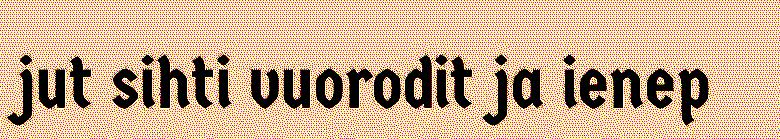
jut sihti vuorodit ja ienep